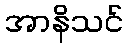
အာနိသင်